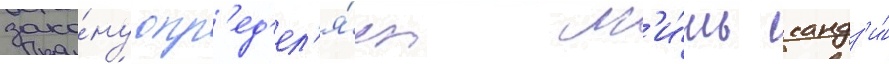
зако́ну опр'ед'ел'я́ет л'и́шь кандз'и́